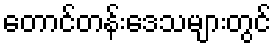
တောင်တန်းဒေသများတွင်